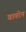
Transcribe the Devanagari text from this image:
वावरेन